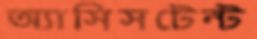
অ্যাসিসটেন্ট